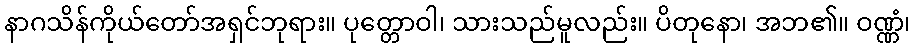
နာဂသိန်ကိုယ်တော်အရှင်ဘုရား။ ပုတ္တောဝါ၊ သားသည်မူလည်း။ ပိတုနော၊ အဘ၏။ ဝဏ္ဏံ၊